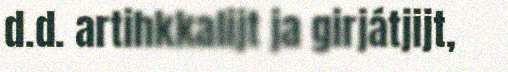
d.d. artihkkalijt ja girjátjijt,